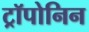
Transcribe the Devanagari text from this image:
ट्रॉपोनिन